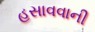
હસાવવાની